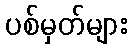
ပစ်မှတ်များ